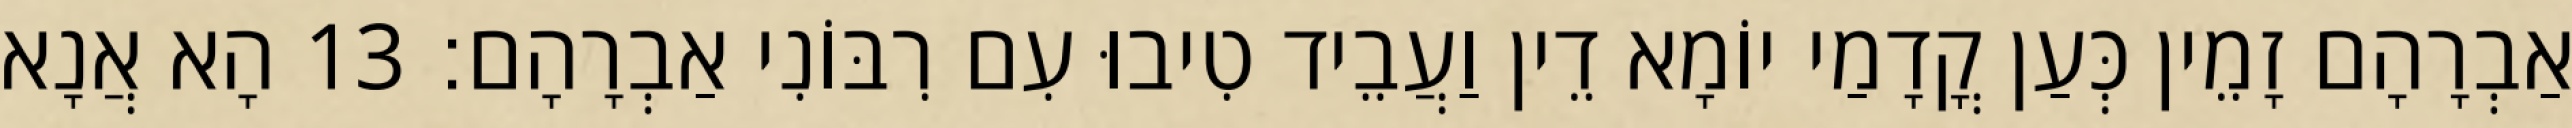
אַבְרָהָם זָמֵין כְּעַן קֳדָמַי יוֹמָא דֵין וַעֲבֵיד טִיבוּ עִם רִבּוֹנִי אַבְרָהָם׃ 13 הָא אֲנָא